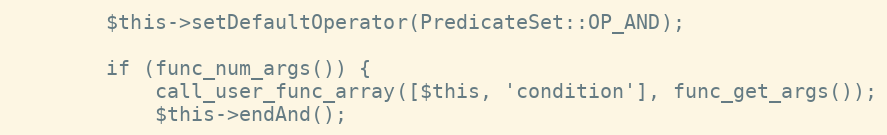
Language: PHP
        $this->setDefaultOperator(PredicateSet::OP_AND);

        if (func_num_args()) {
            call_user_func_array([$this, 'condition'], func_get_args());
            $this->endAnd();